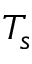
T _ { s }